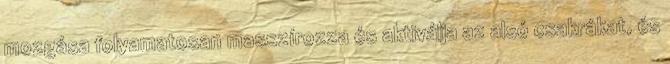
mozgása folyamatosan masszírozza és aktiválja az alsó csakrákat, és